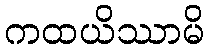
ကထယိဿာမိ